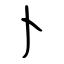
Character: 卜